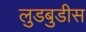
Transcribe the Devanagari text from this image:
लुडबुडीस